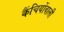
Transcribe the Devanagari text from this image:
कैंचियोंवाली